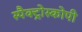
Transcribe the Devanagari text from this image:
स्पैक्ट्रोस्कोपी